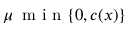
\mu \: \mathrm { ~ m ~ i ~ n ~ } \{ 0 , c ( x ) \}